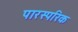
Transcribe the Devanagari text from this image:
पारस्‍परिक